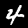
Digit: 4